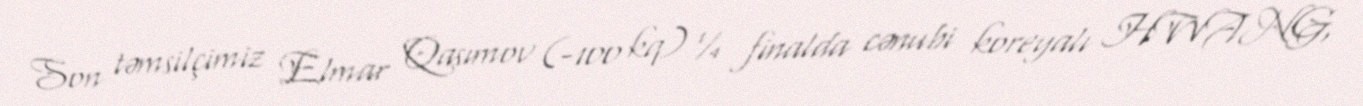
Son təmsilçimiz Elmar Qasımov (-100 kq) ¼ finalda cənubi koreyalı HWANG,